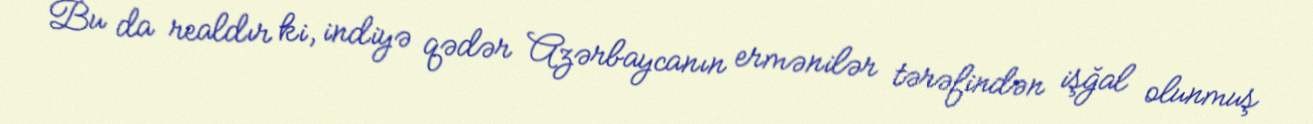
Bu da realdır ki, indiyə qədər Azərbaycanın ermənilər tərəfindən işğal olunmuş